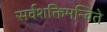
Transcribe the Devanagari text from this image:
सर्वशक्तिमन्विते